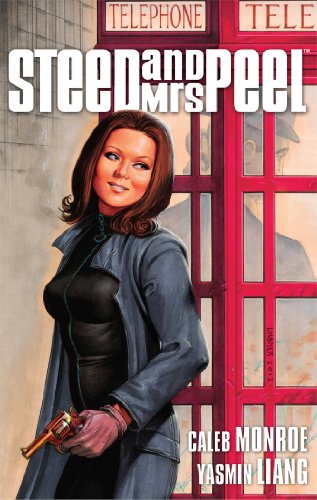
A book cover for Steed & Mrs. Peel Vol. 3: The Return of the Monster (Steed and Mrs. Peel); Caleb Monroe; Comics & Graphic Novels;